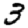
Digit: 3